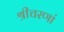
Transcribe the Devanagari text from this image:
श्रीचरणां